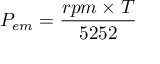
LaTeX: P _ { e m } = { \frac { r p m \times T } { 5 2 5 2 } }